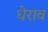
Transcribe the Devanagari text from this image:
धेराव